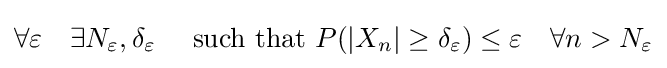
\forall \varepsilon \quad \exists N_{\varepsilon },\delta _{\varepsilon }\quad {\text{ such that }}P(|X_{n}|\geq \delta _{\varepsilon })\leq \varepsilon \quad \forall n>N_{\varepsilon }